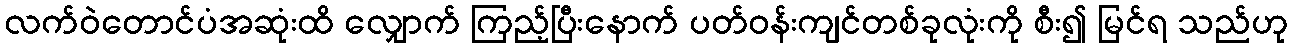
လက်ဝဲတောင်ပံအဆုံးထိ လျှောက် ကြည့်ပြီးနောက် ပတ်ဝန်းကျင်တစ်ခုလုံးကို စီး၍ မြင်ရ သည်ဟု